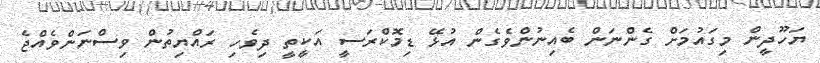
ޔަހޫދީން މިގައުމަށް ގެންނަން ބެއިނުންވެގެން އުޅޭ ޑިމޮކްރަސީ އަކީތީ ދިވެހި ރައްޔިތުން ވިސްނަންވެއްޖެ